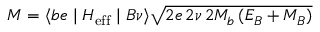
{ \cal M } = \langle b e \mid { \cal H _ { \mathrm { e f f } } } \mid B \nu \rangle \sqrt { 2 e \, 2 \nu \, 2 M _ { b } \, ( E _ { B } + M _ { B } ) }